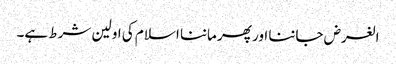
الغرض جاننا اور پھر ماننا اسلام کی اولین شرط ہے۔